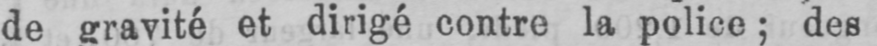
de gravité et dirigé contre la police; des